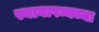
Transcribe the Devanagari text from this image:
स्थानापन्नच्या